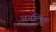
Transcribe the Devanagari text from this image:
अनलिंक